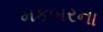
મકબરના